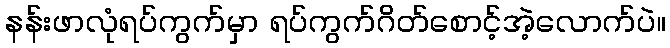
နန်းဖာလုံရပ်ကွက်မှာ ရပ်ကွက်ဂိတ်စောင့်အဲ့လောက်ပဲ။